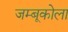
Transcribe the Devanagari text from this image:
जम्बूकोला